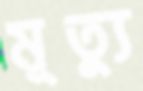
মূত্যু